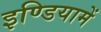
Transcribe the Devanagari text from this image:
इण्डियामें